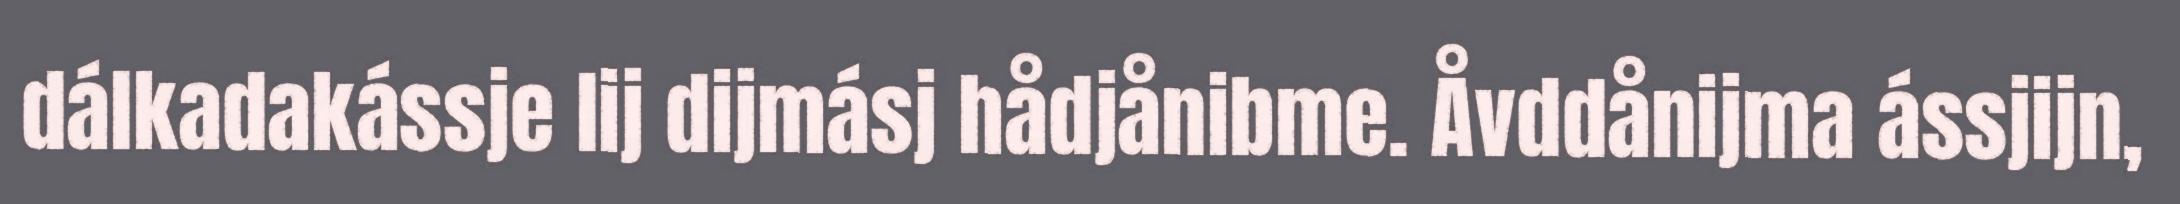
dálkadakássje lij dijmásj hådjånibme. Åvddånijma ássjijn,